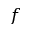
f